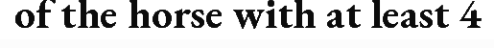
of the horse with at least 4